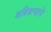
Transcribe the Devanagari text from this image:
क्षत्रियत्वाचे